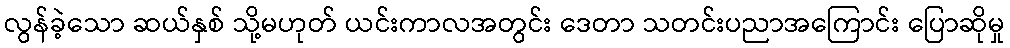
လွန်ခဲ့သော ဆယ်နှစ် သို့မဟုတ် ယင်းကာလအတွင်း ဒေတာ သတင်းပညာအကြောင်း ပြောဆိုမှု